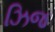
ઝિજ